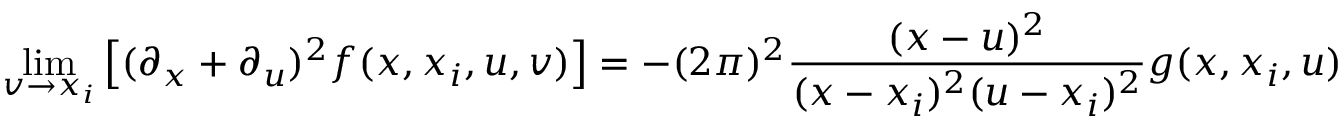
\operatorname * { l i m } _ { v \to x _ { i } } \left[ ( \partial _ { x } + \partial _ { u } ) ^ { 2 } f ( x , x _ { i } , u , v ) \right] = - ( 2 \pi ) ^ { 2 } \frac { ( x - u ) ^ { 2 } } { ( x - x _ { i } ) ^ { 2 } ( u - x _ { i } ) ^ { 2 } } \: g ( x , x _ { i } , u ) \; .